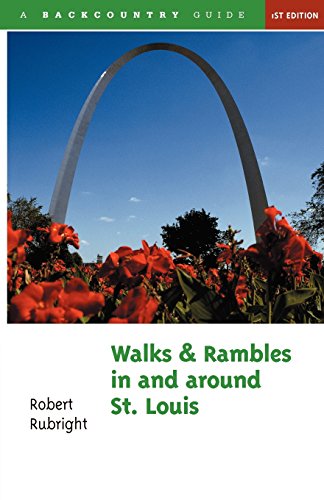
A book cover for Walks and Rambles in and Around St. Louis (Walks & Rambles Guides); Robert Rubright; Travel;